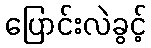
ပြောင်းလဲခွင့်